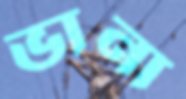
ভানা